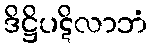
ဒိဋ္ဌိပဋိလာဘံ